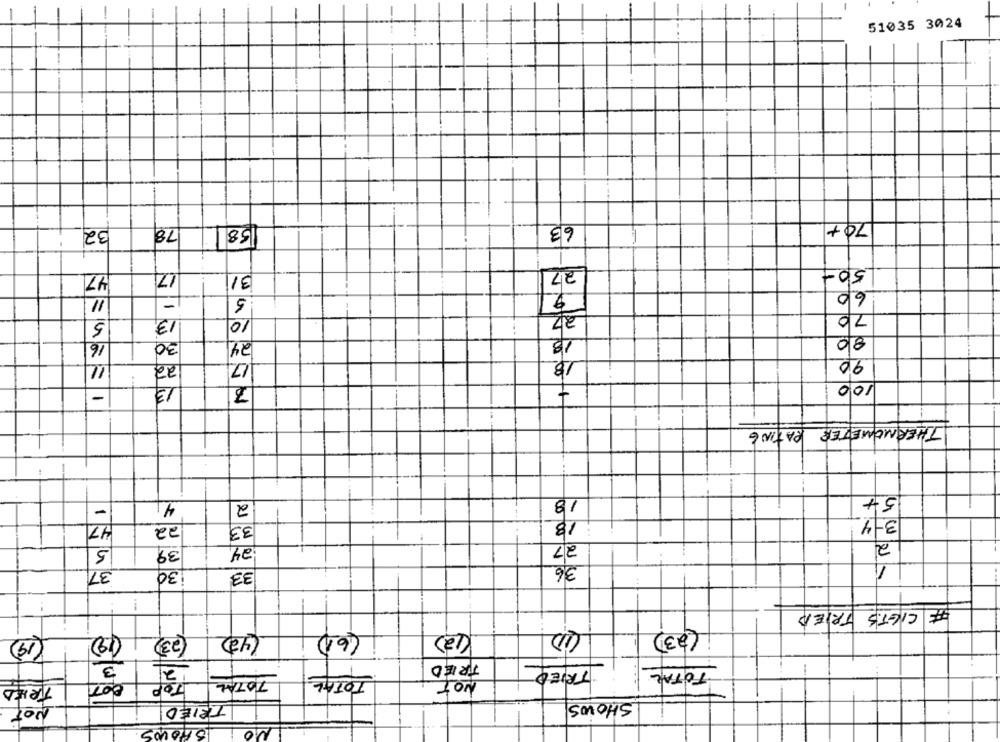
51035 3024
78
1581
63
70+
32
47
17
31
27
50-
60
2
11
-
5
13,
27
70
5
10
30
18
80
16
24
22
17
18
90
11
13
100
7
-
PATING
THERMOMETER
--
5+
4
2
18
-
13
3-4
47
22
33
2
5
39
24
27
37
30
33
36
-
# CIETS TRIED
(23)
(42)
(6)
(12)
(23)
(19)
(12)
3
2
TRIED
TRIED
TOTAL
807
TOP
TOTAL
TOTAL
Not
TRIED
Not
TRIED
SHOWS
SHOWS
NO